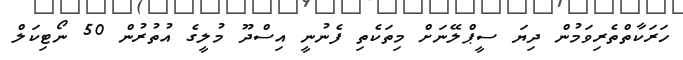
ހަރަކާތްތެރިވަމުން ދިޔަ ސީޕްލޭނަށް މިތަކެތި ފެނުނީ އިސްދޫ މުލީގެ އުތުރުން 50 ނޯޓިކަލް